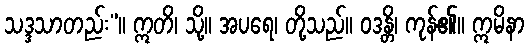
သဒ္ဒသာတည်း”။ ဣတိ၊ သို့။ အပရေ၊ တို့သည်။ ဝဒန္တိ၊ ကုန်၏။ ဣမိနာ